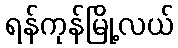
ရန်ကုန်မြို့လယ်